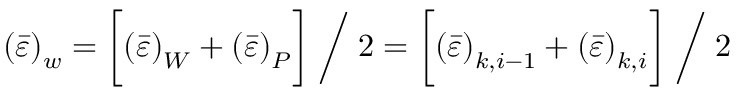
\left( \Bar { \varepsilon } \right) _ { w } = \biggl [ \left( \Bar { \varepsilon } \right) _ { W } + \left( \Bar { \varepsilon } \right) _ { P } \biggr ] \; \bigg / \; 2 = \biggl [ \left( \Bar { \varepsilon } \right) _ { k , i - 1 } + \left( \Bar { \varepsilon } \right) _ { k , i } \biggr ] \; \bigg / \; 2